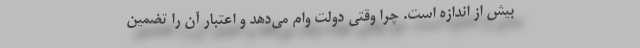
بیش از اندازه است. چرا وقتی دولت وام می‌دهد و اعتبار آن را تضمین